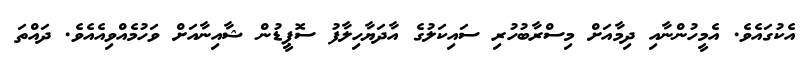
އެކުގައެވެ. އެމީހުންނާއި ދިމާއަށް މިސްރާބުހުރި ސައިކަލުގެ އާދަޔާހިލާފު ސޮޕީޑުން ޝާއިނާއަށް ވަހުމެއްވިއެއެވެ. ދައްތަ